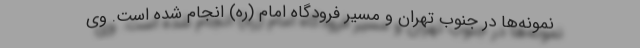
نمونه‌ها در جنوب تهران و مسیر فرودگاه امام (ره) انجام شده است. وی